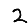
Digit: 2